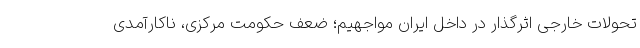
تحولات خارجی اثرگذار در داخل ایران مواجهیم؛ ضعف حکومت مرکزی، ناکارآمدی